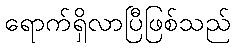
ရောက်ရှိလာပြီဖြစ်သည်